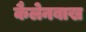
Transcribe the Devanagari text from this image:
कैलेनबाख